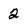
Character: 2